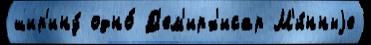
шир'ину́ одно́ Д'ем'ирх'исар М'и́нныjе